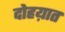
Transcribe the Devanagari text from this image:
दोहय़ात